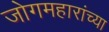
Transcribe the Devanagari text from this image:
जोगमहारांच्या